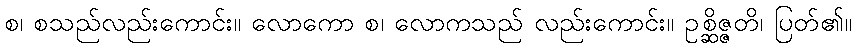
စ၊ စသည်လည်းကောင်း။ လောကော စ၊ လောကသည် လည်းကောင်း။ ဥစ္ဆိဇ္ဇတိ၊ ပြတ်၏။